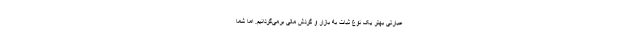
عبارتی بهتر یک نوع ثبات به بازار و گردش مالی برمی‌گردانیم. اما شما